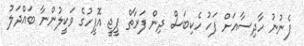
ފެނުނު ހާދިސާއަށް ފަހު ހެކިބަސް ދިން ފަރާތް ޕީޖީ އޮފީހުގެ ވަކީލުންނާ ބައްދަލު